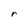
Character: r